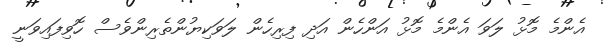
އެންމެ މޮޅު ލަވަ އެންމެ މޮޅު އަންހެން އަދި ފިރިހެން ލަވަކިޔުންތެރިންވެސް ހޮވިފައިވަނީ